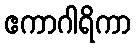
ဧကာဂါရိကာ